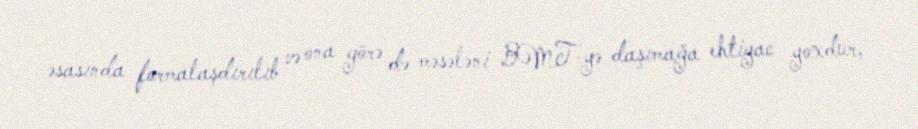
əsasında formalaşdırılıb və ona görə də məsələni BMT-yə daşımağa ehtiyac yoxdur,